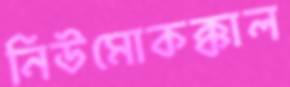
নিউমোকক্কাল